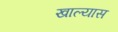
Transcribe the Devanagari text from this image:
खाल्यास